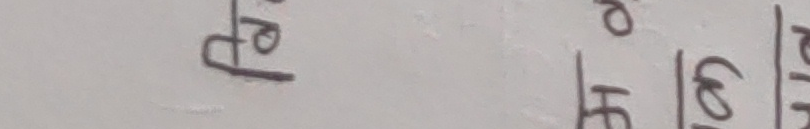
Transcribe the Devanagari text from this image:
प्र ई ६ पि